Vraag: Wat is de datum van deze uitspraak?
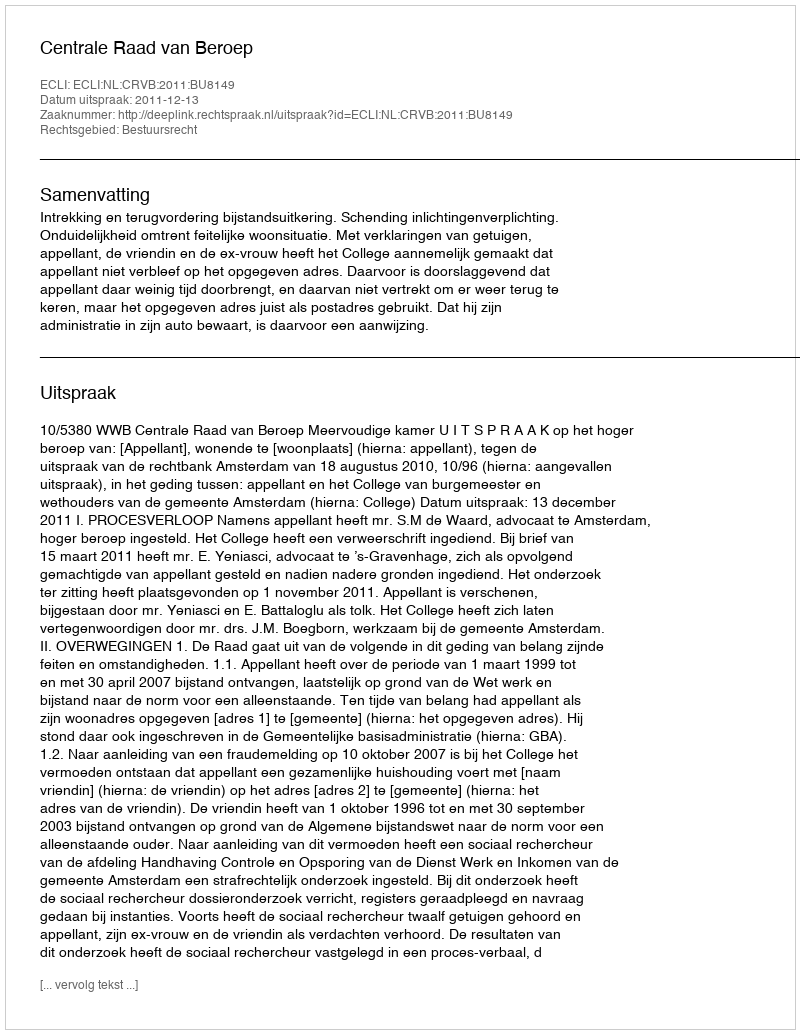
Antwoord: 2011-12-13